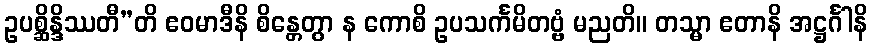
ဥပစ္ဆိန္ဒိဿတီ”တိ ဧဝမာဒီနိ စိန္တေတွာ န ကောစိ ဥပသင်္ကမိတဗ္ဗံ မညတိ။ တသ္မာ ဧတာနိ အဋ္ဌင်္ဂါနိ